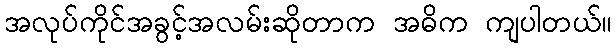
အလုပ်ကိုင်အခွင့်အလမ်းဆိုတာက အဓိက ကျပါတယ်။